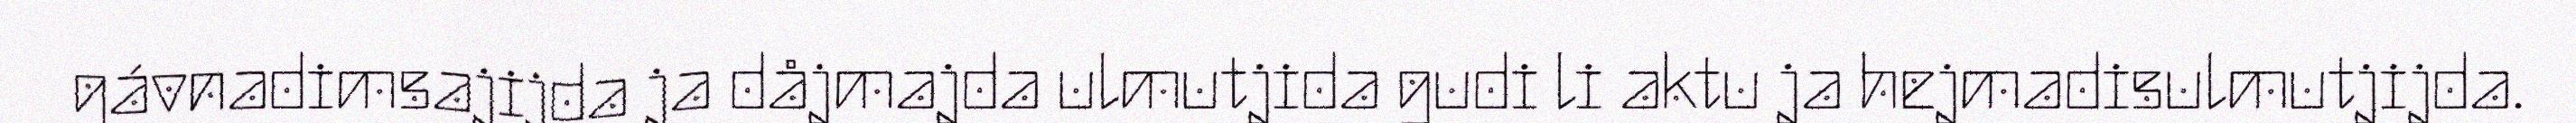
gávnadimsajijda ja dåjmajda ulmutjida gudi li aktu ja hejmadisulmutjijda.